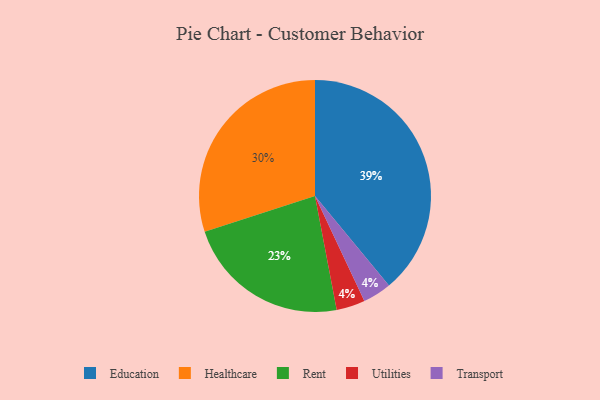
{"axis": {"x": "Category", "y": "Percentage"}, "legend": ["Education", "Healthcare", "Rent", "Transport", "Utilities"], "data": [{"x": "Rent", "y": 23, "type": "Rent"}, {"x": "Education", "y": 39, "type": "Education"}, {"x": "Healthcare", "y": 30, "type": "Healthcare"}, {"x": "Utilities", "y": 4, "type": "Utilities"}, {"x": "Transport", "y": 4, "type": "Transport"}]}